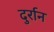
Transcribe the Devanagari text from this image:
दुर्रान